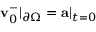
\mathbf { v } _ { 0 } ^ { - } | _ { \partial \Omega } = \mathbf { a } | _ { t = 0 }